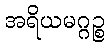
အရိယမဂ္ဂဉ္စ